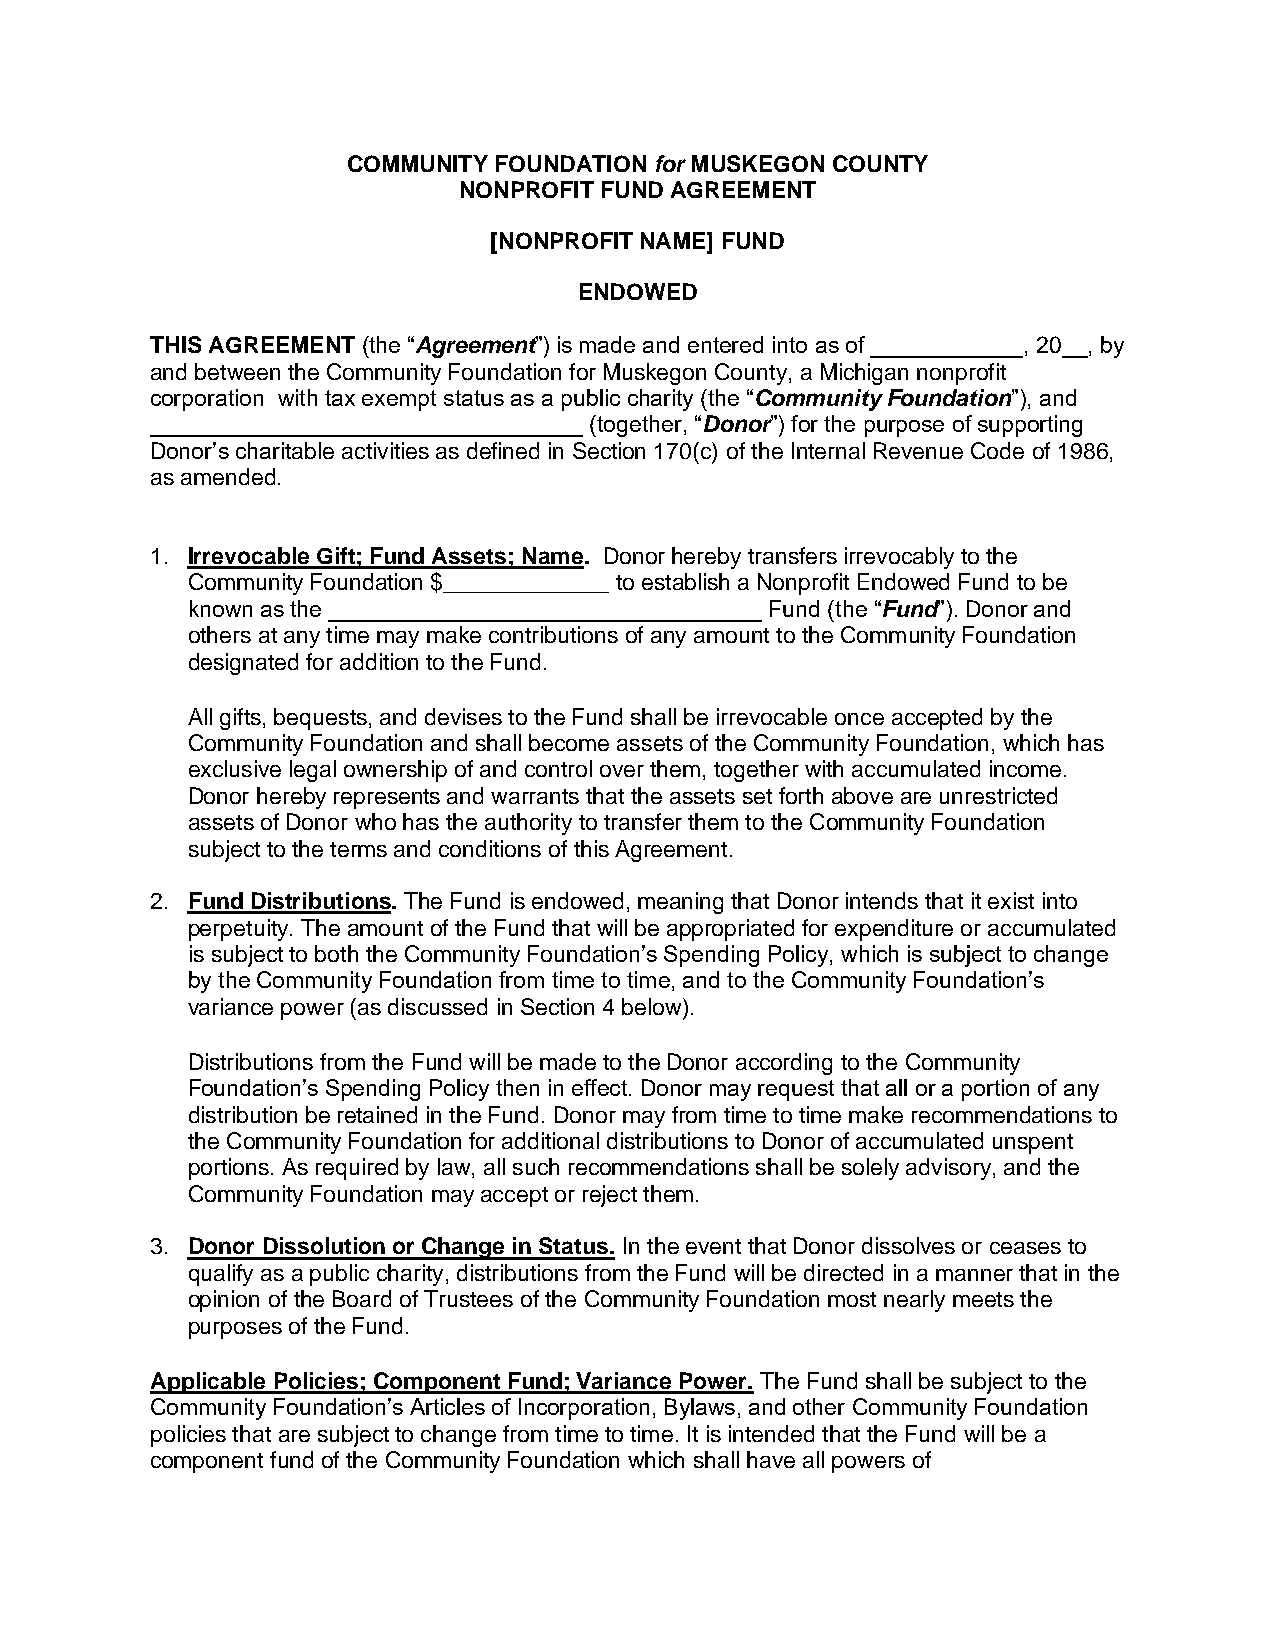
COMMUNITY FOUNDATION for MUSKEGON COUNTY
 NONPROFIT FUND AGREEMENT
 [NONPROFIT NAME] FUND
 ENDOWED
 THIS AGREEMENT (the “Agreement”) is made and entered into as of ____________, 20__, by
 and between the Community Foundation for Muskegon County, a Michigan nonprofit
 corporation with tax exempt status as a public charity (the “Community Foundation”), and
 __________________________________ (together, “Donor”) for the purpose of supporting
 Donor’s charitable activities as defined in Section 170(c) of the Internal Revenue Code of 1986,
 as amended.
 1. Irrevocable Gift; Fund Assets; Name. Donor hereby transfers irrevocably to the
 Community Foundation $_____________ to establish a Nonprofit Endowed Fund to be
 known as the __________________________________ Fund (the “Fund”). Donor and
 others at any time may make contributions of any amount to the Community Foundation
 designated for addition to the Fund.
 All gifts, bequests, and devises to the Fund shall be irrevocable once accepted by the
 Community Foundation and shall become assets of the Community Foundation, which has
 exclusive legal ownership of and control over them, together with accumulated income.
 Donor hereby represents and warrants that the assets set forth above are unrestricted
 assets of Donor who has the authority to transfer them to the Community Foundation
 subject to the terms and conditions of this Agreement.
 2. Fund Distributions. The Fund is endowed, meaning that Donor intends that it exist into
 perpetuity. The amount of the Fund that will be appropriated for expenditure or accumulated
 is subject to both the Community Foundation’s Spending Policy, which is subject to change
 by the Community Foundation from time to time, and to the Community Foundation’s
 variance power (as discussed in Section 4 below).
 Distributions from the Fund will be made to the Donor according to the Community
 Foundation’s Spending Policy then in effect. Donor may request that all or a portion of any
 distribution be retained in the Fund. Donor may from time to time make recommendations to
 the Community Foundation for additional distributions to Donor of accumulated unspent
 portions. As required by law, all such recommendations shall be solely advisory, and the
 Community Foundation may accept or reject them.
 3. Donor Dissolution or Change in Status. In the event that Donor dissolves or ceases to
 qualify as a public charity, distributions from the Fund will be directed in a manner that in the
 opinion of the Board of Trustees of the Community Foundation most nearly meets the
 purposes of the Fund.
 Applicable Policies; Component Fund; Variance Power. The Fund shall be subject to the
 Community Foundation’s Articles of Incorporation, Bylaws, and other Community Foundation
 policies that are subject to change from time to time. It is intended that the Fund will be a
 component fund of the Community Foundation which shall have all powers of